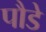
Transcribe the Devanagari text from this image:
पौडे